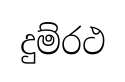
දුම්රථ